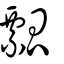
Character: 瓢